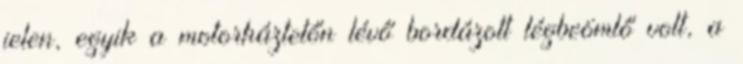
jelen, egyik a motorháztetőn lévő bordázott légbeömlő volt, a